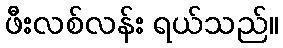
ဖီးလစ်လန်း ရယ်သည်။